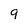
Character: q